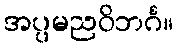
အပ္ပမညဝိဘင်္ဂ။